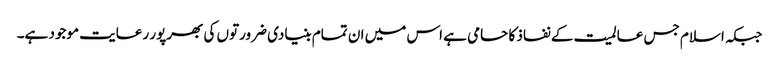
جبکہ اسلام جس عالمیت کے نفاذ کا حامی ہے اس میں ان تمام بنیادی ضرورتوں کی بھرپور رعایت موجود ہے۔